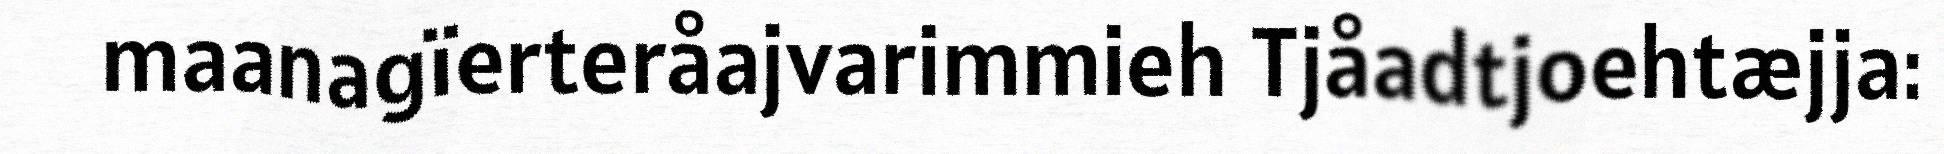
maanagïerteråajvarimmieh Tjåadtjoehtæjja: